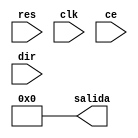
module contador_res_as_ce (
    input res,clk,ce,dir,
    output [7:0]salida = 8'b0
);

    reg [26:0]contador_aux = 27'b0;
    reg flag1s;
    reg rest_aux;
    reg [7:0]salida_aux= 8'b0;

    always @(posedge clk, posedge res) begin
        if (res) begin
            contador_aux<=27'b0;
        end
        else if(contador_aux==50000000) begin
            contador_aux<=27'b0;
            flag1s<=1'b1;
        end
        else begin
            contador_aux<=contador_aux+1'b1;
            flag1s<=1'b0; 
        end
		  
    end

    always @(posedge flag1s, posedge res) begin
        if (res) begin
            salida_aux<=8'b0;
        end
        else if (ce) begin
            salida_aux<=salida_aux;
        end
        else if (dir) begin
            salida_aux<=salida_aux+1'b1;
        end
        else begin
            salida_aux<=salida_aux-1'b1;
        end
        
    end
    assign salida=~salida_aux;
endmodule